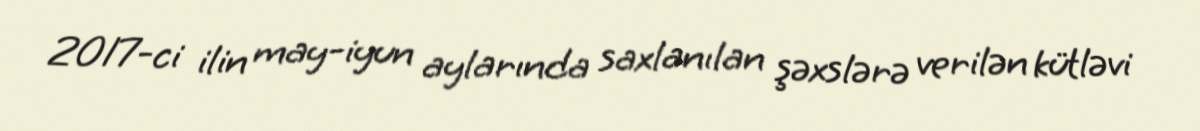
2017-ci ilin may-iyun aylarında saxlanılan şəxslərə verilən kütləvi